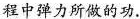
程中弹力所做的功.